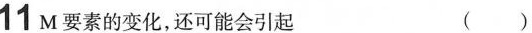
11M要素的变化，还可能会引起 ()